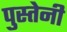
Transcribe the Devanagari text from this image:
पुस्‍तेनी